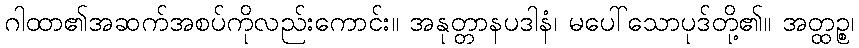
ဂါထာ၏အဆက်အစပ်ကိုလည်းကောင်း။ အနုတ္တာနပဒါနံ၊ မပေါ်သောပုဒ်တို့၏။ အတ္ထဉ္စ၊